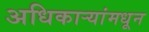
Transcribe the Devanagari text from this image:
अधिकाऱ्यांमधून